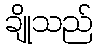
ချိုသည်